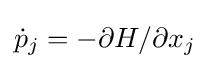
{\dot {p}}_{j}=-\partial H/\partial x_{j}